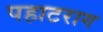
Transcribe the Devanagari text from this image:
पहाटराग